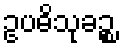
ဥပဓိသုခဉ္စ